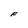
Character: F